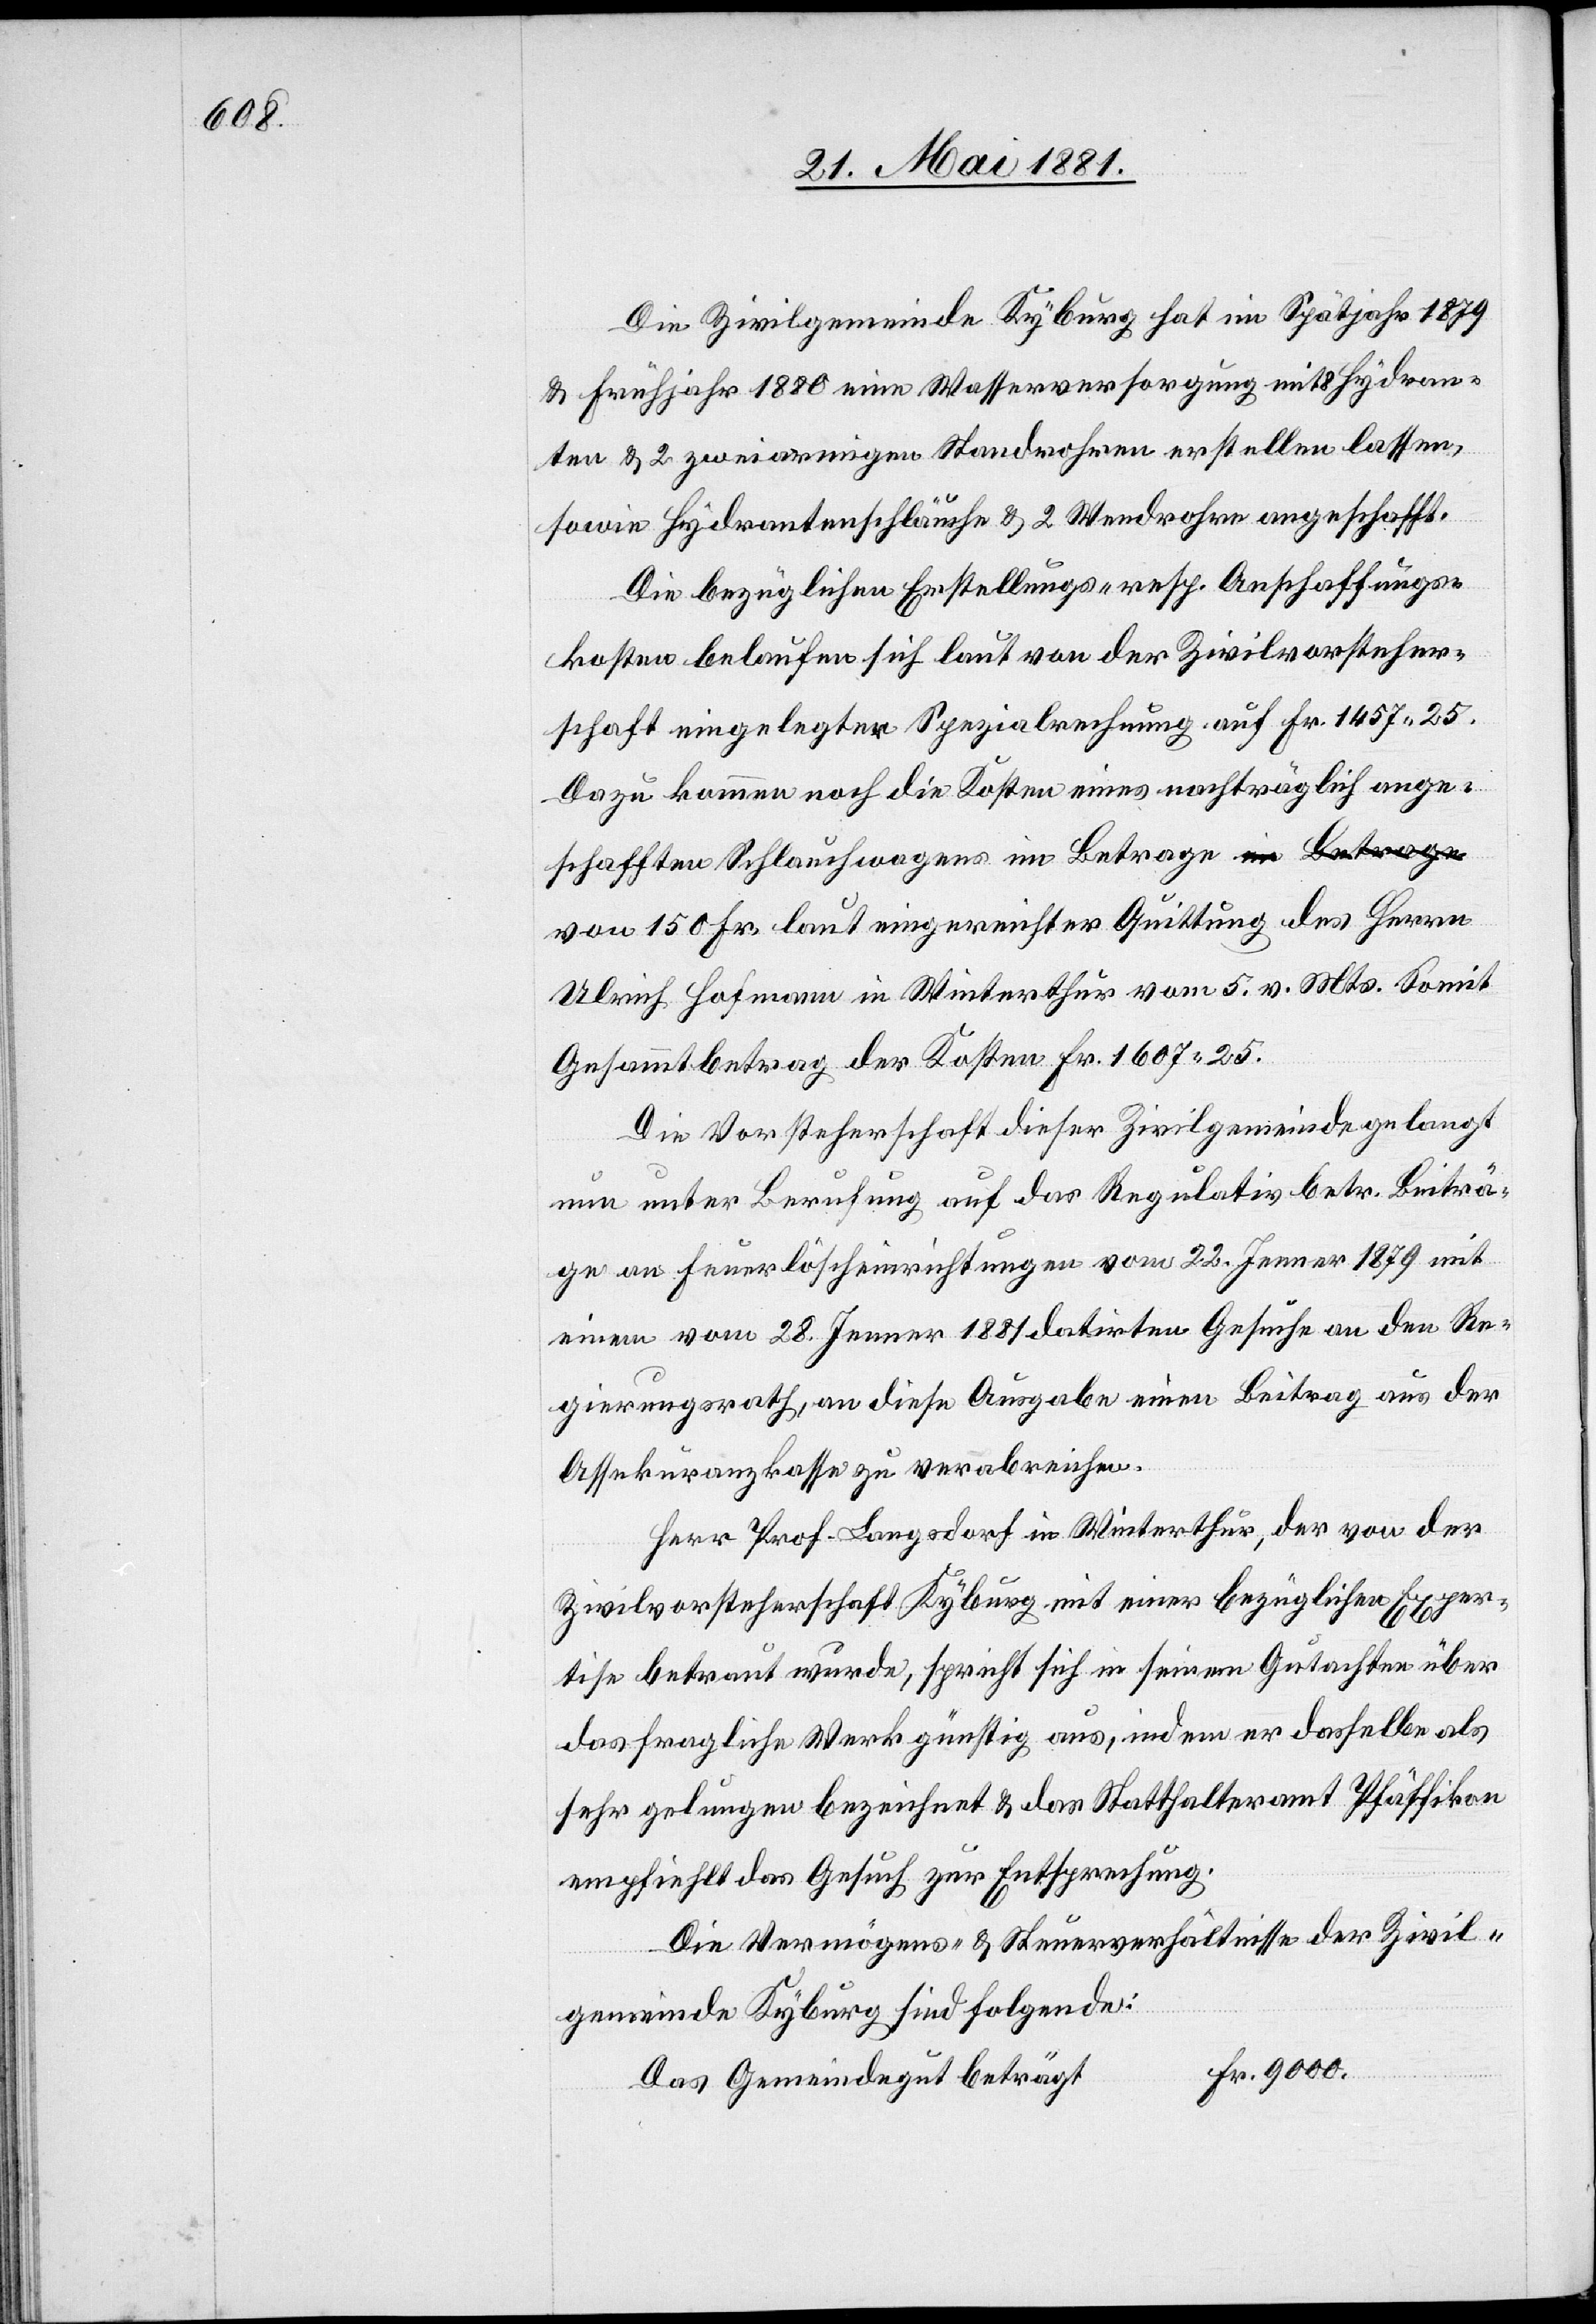
Die Zivilgemeinde Kyburg hat im Spätjahr 1879
& Frühjahr 1880 eine Wasserversorgung mit 8 Hydran¬
ten & 2 zweiarmigen Standrohren erstellen lassen,
Herren
sowie Hydrantenschläuche & 2 Wendrohre angeschafft.
Die bezüglichen Erstellungs- resp. Anschaffungs¬
kosten belaufen sich laut von der Zivilvorsteher¬
schaft eingelegter Spezialrechnung auf Fr. 1457. 25.
Dazu kommen noch die Kosten eines nachträglich ange¬
schafften Schlauchwagens im Betrage von 150 Fr.
Ulrich Hofmann in Winterthur vom 5. v. Mts. Somit
Gesammtbetrag der Kosten Fr. 1607. 25.
Die Vorsteherschaft dieser Zivilgemeinde gelangt
nun unter Berufung auf das Regulativ betr. Beiträ¬
ge an Feuerlöscheinrichtungen vom 22. Jenner 1879 mit
einem vom 28. Jenner 1881 datirten Gesuche an den Re¬
gierungsrath, an diese Ausgabe einen Beitrag aus der
Assekuranzkasse zu verabreichen.
Herr Prof. Langsdorf in Winterthur, der von der
Zivilvorsteherschaft Kyburg mit einer bezüglichen Exper¬
tise betraut wurde, spricht sich in seinem Gutachten über
das fragliche Werk günstig aus, indem er dasselbe als
sehr gelungen bezeichnet & das Statthalteramt Pfäffikon
empfiehlt das Gesuch zur Entsprechung.
Die Vermögens- & Steuerverhältnisse der Zivil¬
gemeinde Kyburg sind folgende:
Fr. 9000.
Das Gemeindegut beträgt: